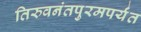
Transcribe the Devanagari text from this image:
तिरुवनंतपुरमपर्यंत